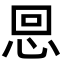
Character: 𢙍